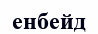
енбейд